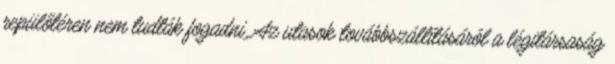
repülőtéren nem tudták fogadni. Az utasok továbbszállításáról a légitársaság